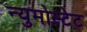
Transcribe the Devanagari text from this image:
न्युमोस्टेट